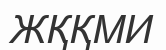
ЖҚҚМИ